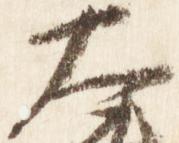
大